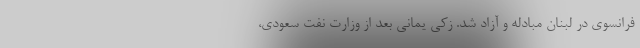
فرانسوی در لبنان مبادله و آزاد شد. زکی یمانی بعد از وزارت نفت سعودی،